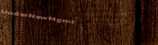
UnderNewMgmt